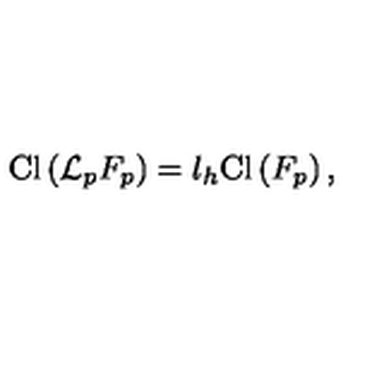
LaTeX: \mathrm { C l } \left( { \cal L } _ { p } F _ { p } \right) = l _ { h } \mathrm { C l } \left( F _ { p } \right) ,